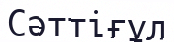
Сәттіғұл